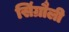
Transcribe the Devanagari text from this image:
सिंग्रौली